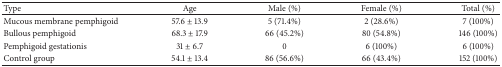
| Type | Age | Male (%) | Female (%) | Total (%) |
 | --- | --- | --- | --- | --- |
 | Mucous membrane pemphigoid | 57.6 ± 13.9 | 5 (71.4%) | 2 (28.6%) | 7 (100%) |
 | Bullous pemphigoid | 68.3 ± 17.9 | 66 (45.2%) | 80 (54.8%) | 146 (100%) |
 | Pemphigoid gestationis | 31 ± 6.7 | 0 | 6 (100%) | 6 (100%) |
 | Control group | 54.1 ± 13.4 | 86 (56.6%) | 66 (43.4%) | 152 (100%) |